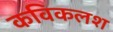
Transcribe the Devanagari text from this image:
कविकलश